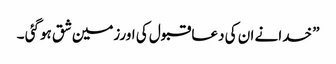
” خدانے ان کی دعا قبول کی اورزمین شق ہوگئی ۔